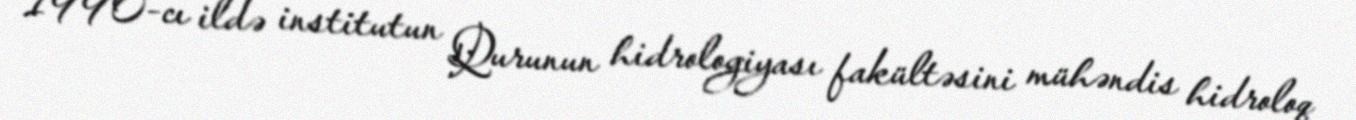
1990-cı ildə institutun Qurunun hidrologiyası fakültəsini mühəndis hidroloq